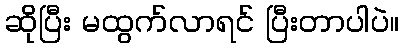
ဆိုပြီး မထွက်လာရင် ပြီးတာပါပဲ။